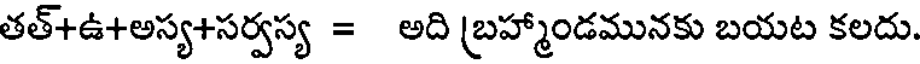
తత్+ఉ+అస్య+సర్వస్య = అది బ్రహ్మాండమునకు బయట కలదు.